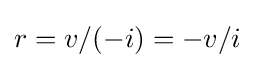
r=v/(-i)=-v/i